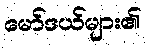
မော်ဒယ်များ၏